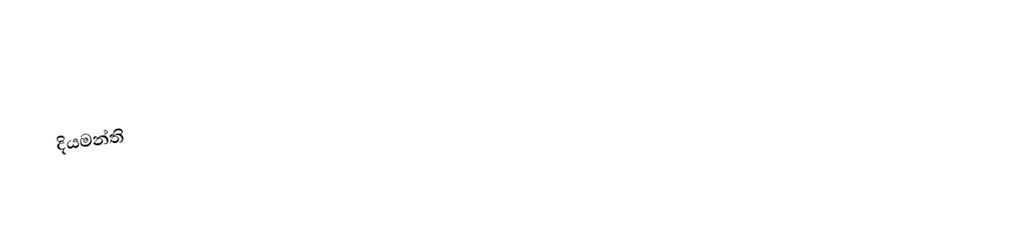
දියමන්ති